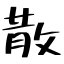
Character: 散